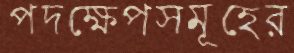
পদক্ষেপসমূহের